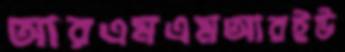
আরএমএমআরইউ